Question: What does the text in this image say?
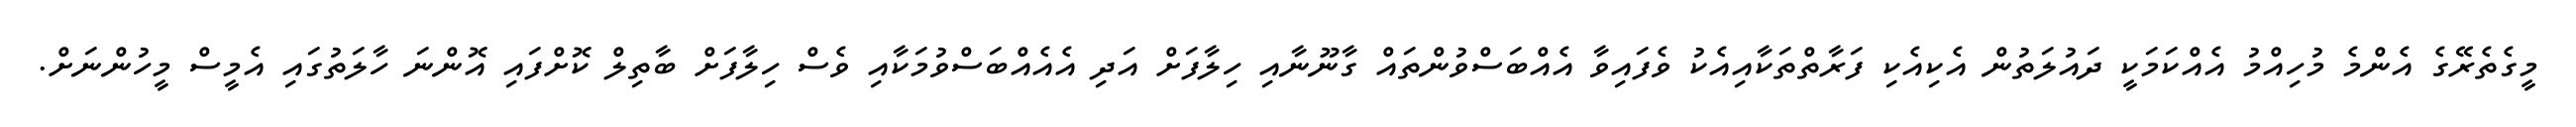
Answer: މީގެތެރޭގެ އެންމެ މުހިއްމު އެއްކަމަކީ ދައުލަތުން އެކިއެކި ފަރާތްތަކާއިއެކު ވެފައިވާ އެއްބަސްވުންތައް ގާނޫނާއި ހިލާފަށް އަދި އެއެއްބަސްވުމަކާއި ވެސް ހިލާފަށް ބާތިލް ކޮށްފައި އޮންނަ ހާލަތުގައި އެމީސް މީހުންނަށް.